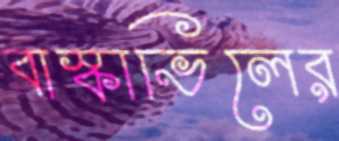
বাস্কাভিলের